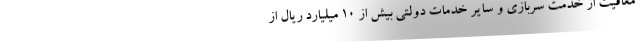
معافیت از خدمت سربازی و سایر خدمات دولتی بیش از ۱۰ میلیارد ریال از